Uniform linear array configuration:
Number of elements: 24
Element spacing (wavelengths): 0.25
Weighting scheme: uniform
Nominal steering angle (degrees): -30
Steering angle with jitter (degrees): -28.512
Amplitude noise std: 0.05
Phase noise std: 0.05

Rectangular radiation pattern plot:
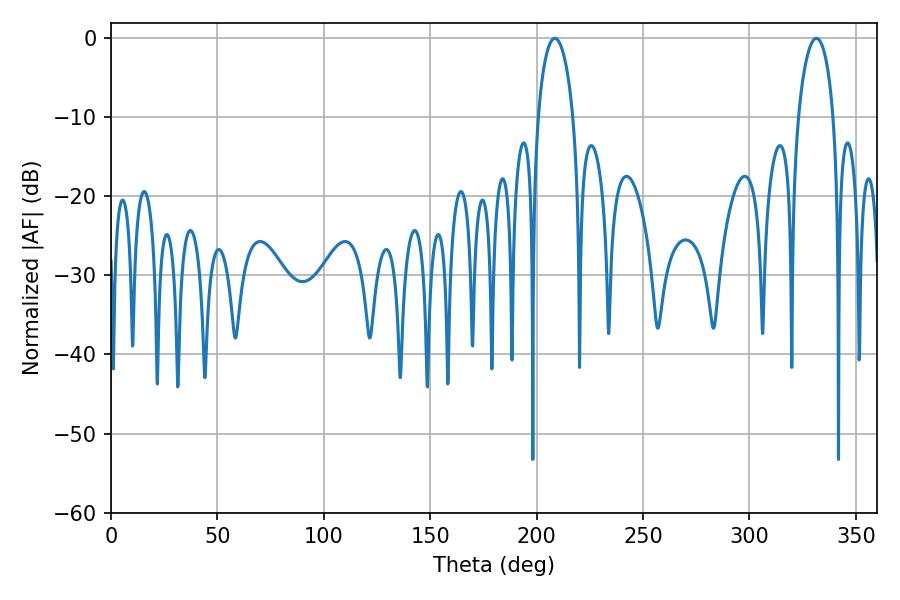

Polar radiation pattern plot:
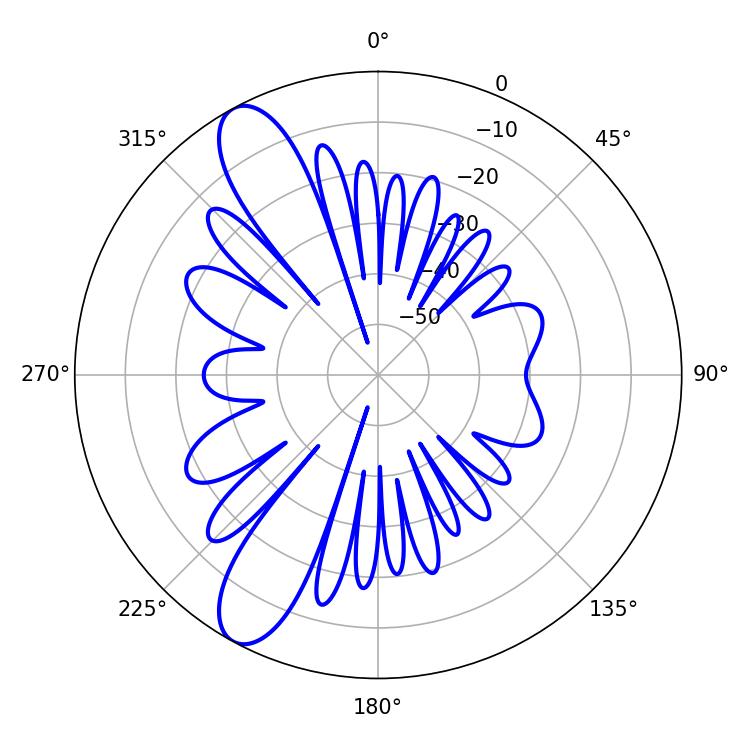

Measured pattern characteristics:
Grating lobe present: FALSE
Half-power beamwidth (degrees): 9.54
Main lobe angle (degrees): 208.62